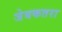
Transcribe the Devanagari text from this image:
जेबकतरा